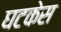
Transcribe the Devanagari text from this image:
घटकेस